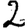
Digit: 2